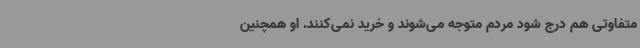
متفاوتی هم درج شود مردم متوجه می‌شوند و خرید نمی‌کنند. او همچنین